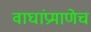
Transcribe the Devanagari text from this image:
वाघांप्रमाणेच